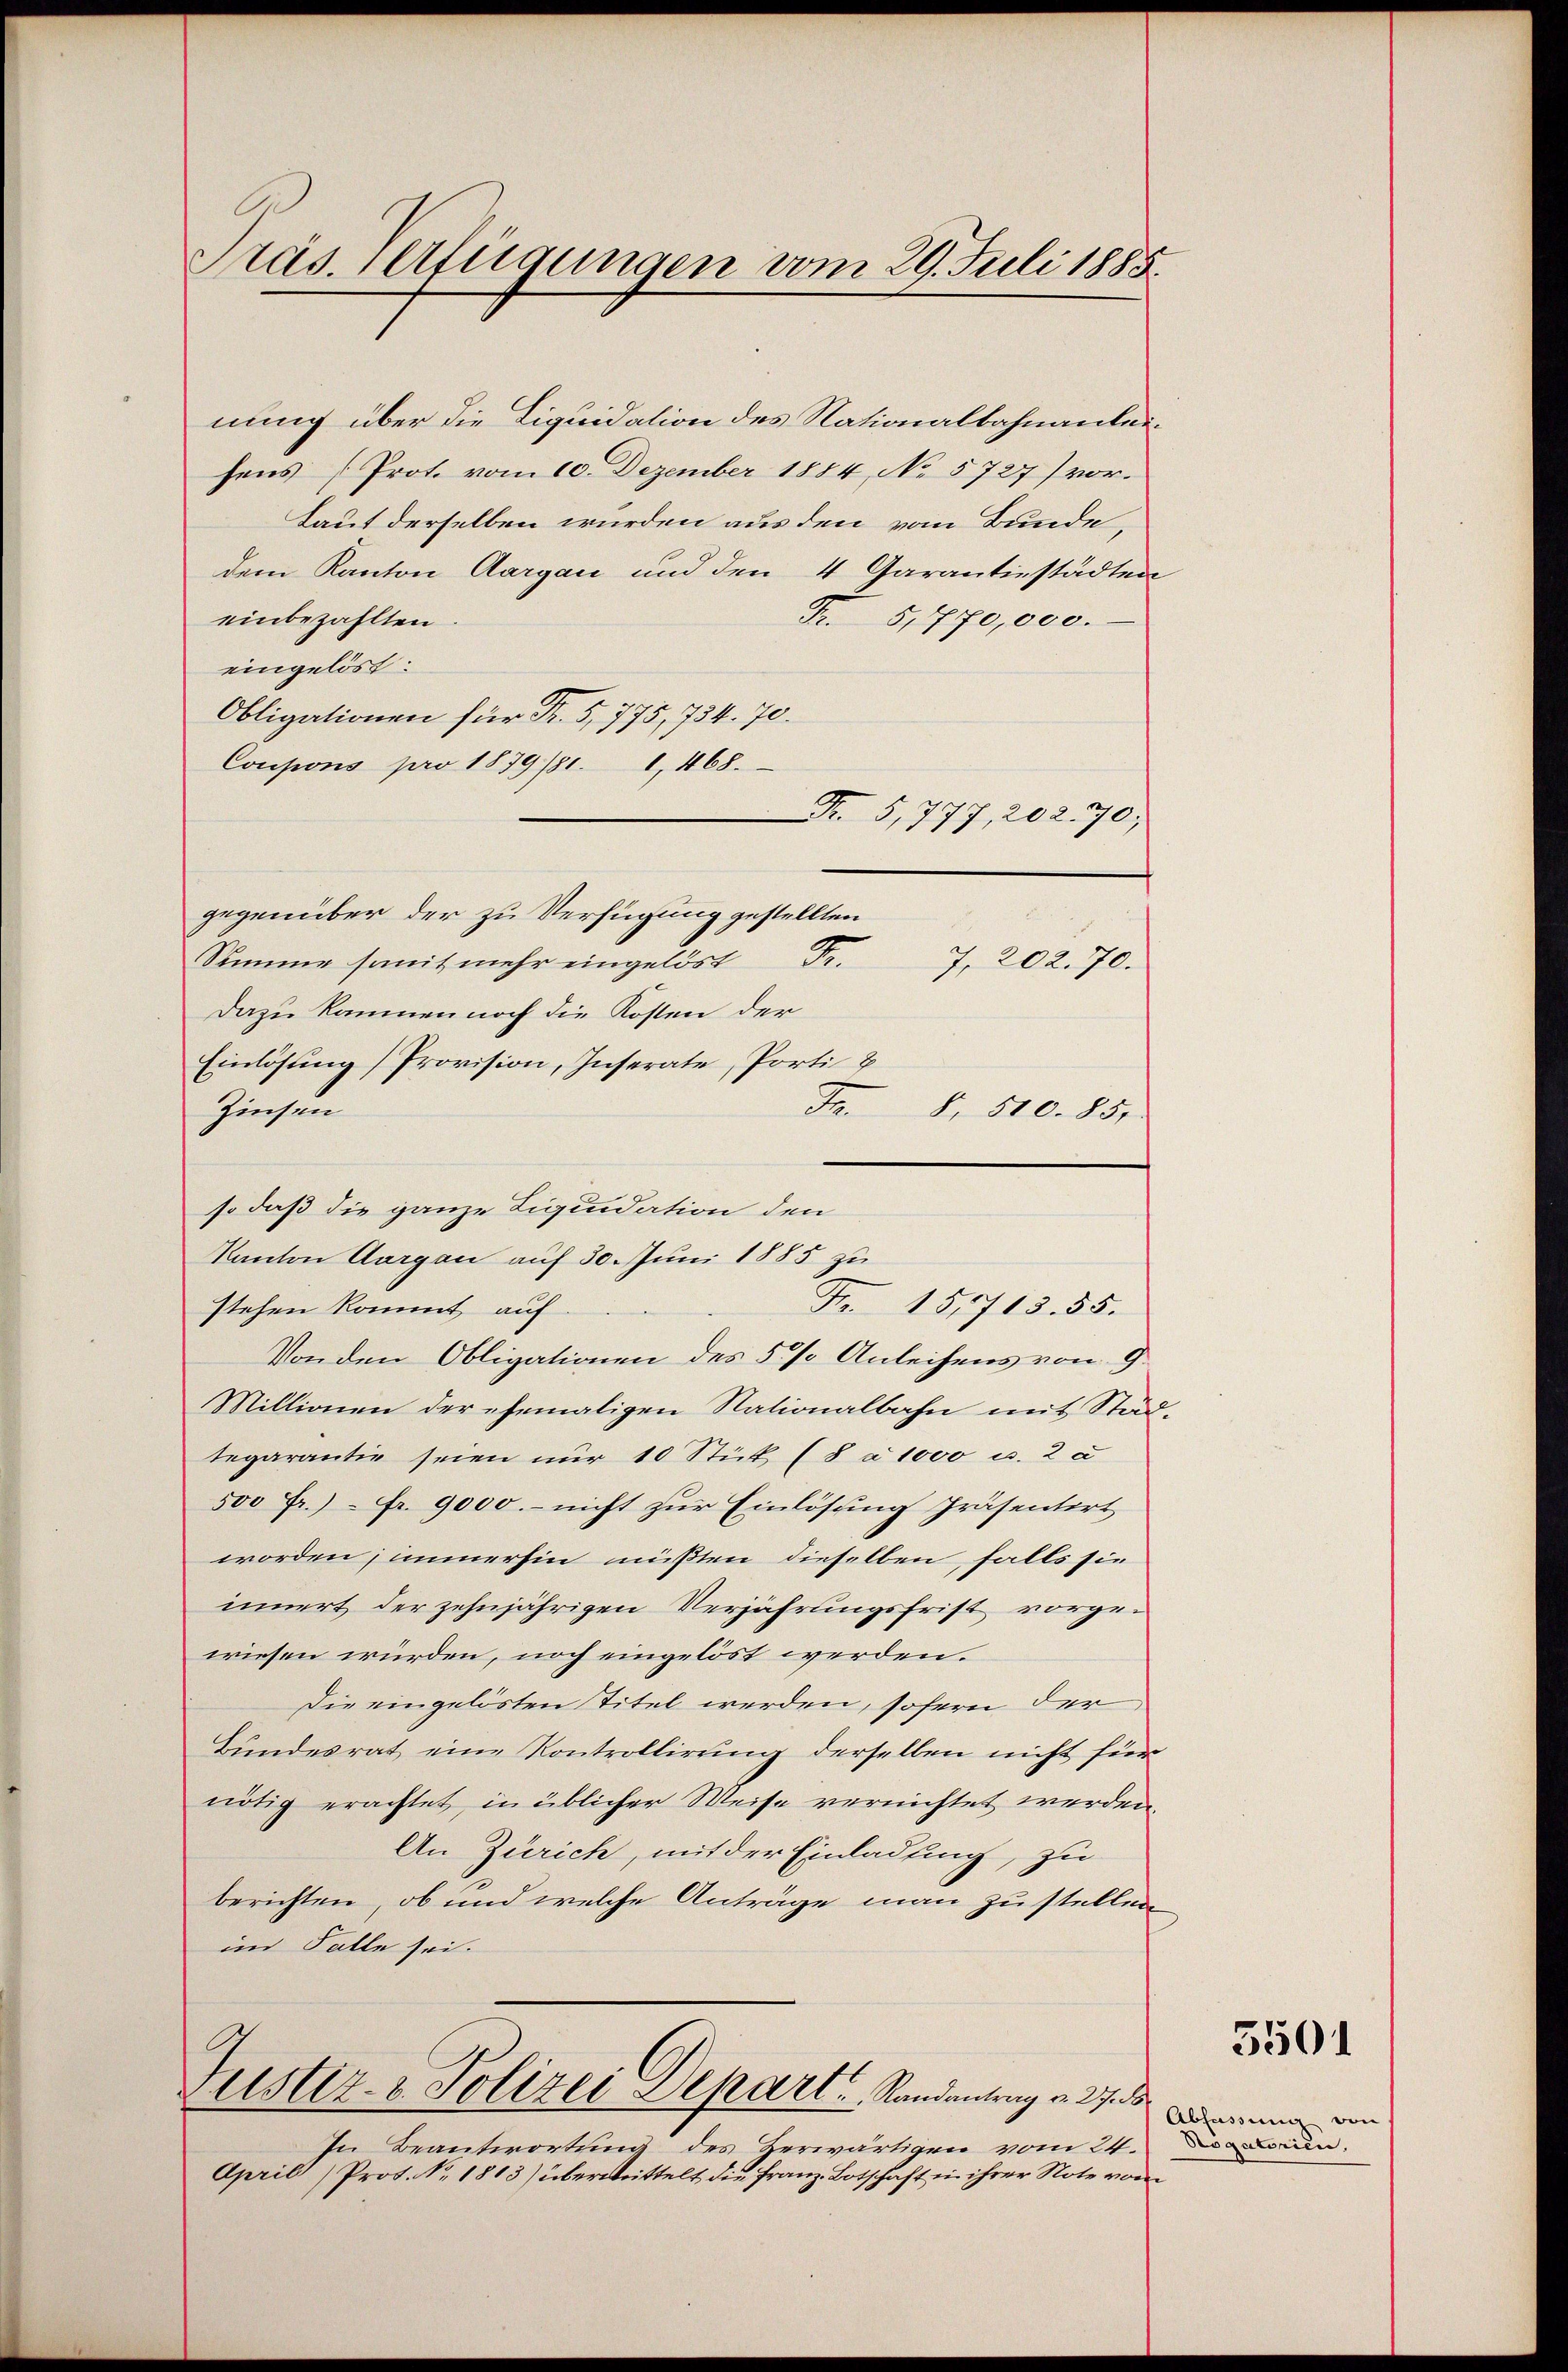
Präs. Verfügungen vom 29. Juli 1885.

nung über die Liquidation des Nationalbahnanleisens (Prot. vom 10. Dezember 1884, No 5727) vor.
Laut derselben würden aus den vom Bunde,
dem Kanton Aargau und den 4 Garantiestädten
einbezahlten
Fr. 5,770,000.
eingelöst:
Obligationen für Fr. 5, 775, 734. 70.
Coupons pro 1879/81. 1. 468.
Fr. 5,777, 202. 70;
gegenüber der zu Verfügung gestellten
Somme somit mehr eingelöst
7, 202. 70.
Dazu können noch die Kosten der
Einlösung Provision, Inserate, Porti &
Zinsen
Fr. 8. 510. 85.
so daß die ganze Liquidation den
Kanton Aargau auf 30. Juni 1885 zu
Fr. 151713. 55.
stehen kommt, auf
Von den Obligationen des 5 % Anleihens von G
Miltionen der ehemaligen Nationalbahn mit Städtegarantie seien nur 10 Stück (8 à 1000 u. 2 a
500 Fr.) - Fr. 9000.- nicht zur Einlösung präsentort
worden; immerhin mußten dieselben, falls sie
innert der zehnjährigen Verjährungsfrist vorge-
wiesen würden, noch eingelöst werden.
Die eingelösten Titel werden, sofern der
Bundesrat eine Kontrollirung derselben nicht für
nötig erachtet, in üblicher Weise vernichtet werden
An Zürich, mit der Einladung, zu
berichten, ob und welche Anträge man zu stellen
im Falle sei.
Justiz- & Polizei Depart Randantrag v. 27. d
In Beantwortung des Zerwärtigen vom 24.
April (Prot. No. 1813) übermittelt die Franz Botschaft in ihrer Note vom

5501

Abfassung von
Rogatorien.